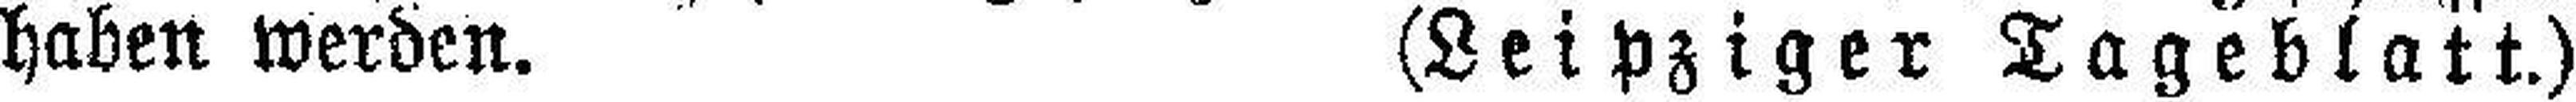
haben werden. (Leipziger Tageblatt.)